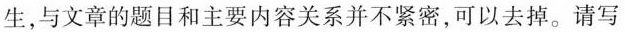
生,与文章的题目和主要内容关系并不紧密,可以去掉。请写